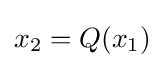
x_{2}=Q(x_{1})